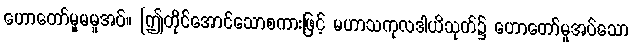
ဟောတော်မူမမူအပ်။ [ဤတိုင်အောင်သောစကားဖြင့် မဟာသကုလဒါယိသုတ်၌ ဟောတော်မူအပ်သော